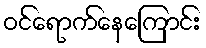
ဝင်ရောက်နေကြောင်း